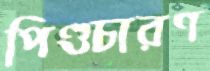
পিণ্ডচারণ